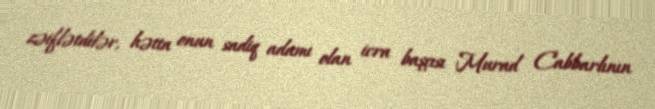
zəiflətdilər, hətta onun sadiq adamı olan icra başçısı Murad Cabbarlının